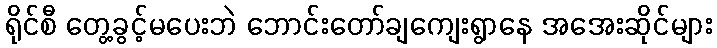
ရိုင်စီ တွေ့ခွင့်မပေးဘဲ ဘောင်းတော်ချကျေးရွာနေ အအေးဆိုင်များ